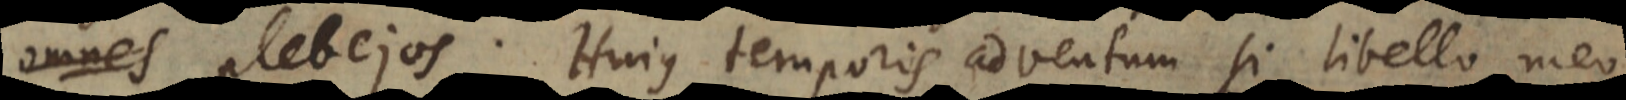
omnes plebejos. Hujus temporis adventum si libello meo